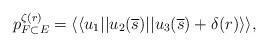
LaTeX: \begin{align*} p_{F\subset E}^{\zeta(r)} = \langle \langle u_1 || u_2(\overline{s}) || u_3(\overline{s}) + \delta(r) \rangle \rangle,\end{align*}